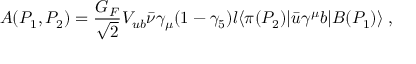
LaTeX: A ( P _ { 1 } , P _ { 2 } ) = \frac { G _ { F } } { \sqrt { 2 } } V _ { u b } { \bar { \nu } } \gamma _ { \mu } ( 1 - \gamma _ { 5 } ) l \langle \pi ( P _ { 2 } ) | { \bar { u } } \gamma ^ { \mu } b | B ( P _ { 1 } ) \rangle \; ,